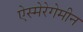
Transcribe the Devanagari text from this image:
ऐस्मेरेगेमीन